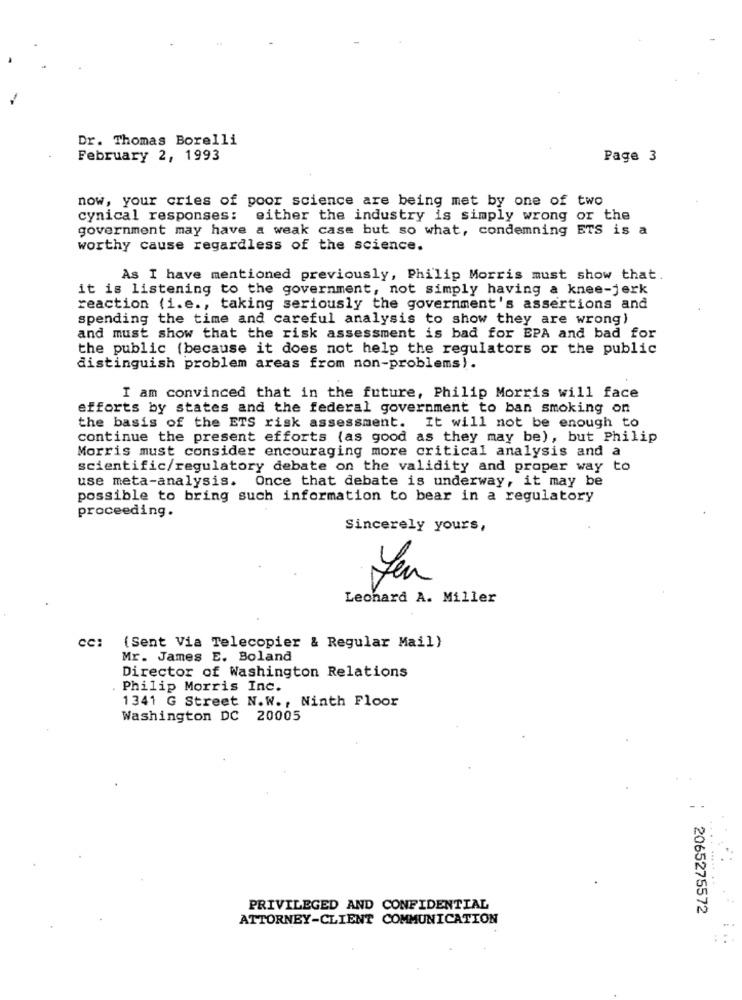
Dr. Thomas Borelli
February 2, 1993
Page 3
now, your cries of poor science are being met by one of two
cynical responses: either the industry is simply wrong or the
government may have a weak case but so what, condemning ETS is a
worthy cause regardless of the science.
As I have mentioned previously, Philip Morris must show that.
it is listening to the government, not simply having a knee-jerk
reaction (i.e ., taking seriously the government's assertions and
spending the time and careful analysis to show they are wrong)
and must show that the risk assessment is bad for EPA and bad for
the public (because it does not help the regulators or the public
distinguish problem areas from non-problems).
I am convinced that in the future, Philip Morris will face
efforts by states and the federal government to ban smoking on
the basis of the ETS risk assessment. It will not be enough to
continue the present efforts (as good as they may be), but Philip
Morris must consider encouraging more critical analysis and a
scientific/regulatory debate on the validity and proper way to
use meta-analysis. Once that debate is underway, it may be
possible to bring such information to bear in a regulatory
proceeding.
Sincerely yours,
Leonard A. Miller
cc:
(Sent Via Telecopier & Regular Mail)
Mr. James E. Boland
Director of Washington Relations
Philip Morris Inc.
1341 G Street N.W ., Ninth Floor
Washington DC 20005
PRIVILEGED AND CONFIDENTIAL
2065275572
ATTORNEY-CLIENT COMMUNICATION